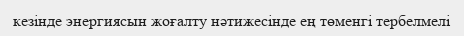
кезінде энергиясын жоғалту нәтижесінде ең төменгі тербелмелі